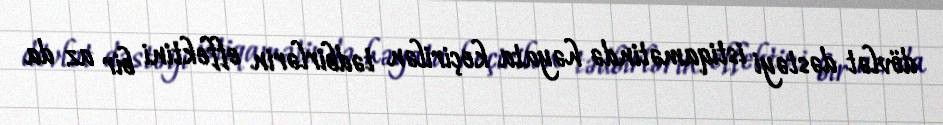
dövlət dəstəyi istiqamətində həyata keçirilən tədbirlərin effektini bir az da